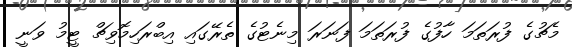
މެޗުގެ ފުރަތަމަ ހާފުގެ ފުރަތަމަ ފަނަރަ މިނެޓުގެ ތެރޭގައި އިބްރަހިމޮވިޗް ޓީމު ވަނީ